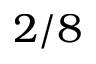
2 / 8